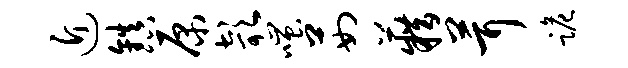
近镇原欹嗤茹籍茸跪